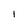
Character: l